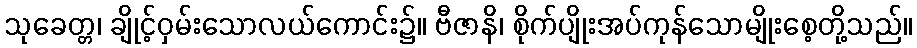
သုခေတ္တ၊ ချိုင့်ဝှမ်းသောလယ်ကောင်း၌။ ဗီဇာနိ၊ စိုက်ပျိုးအပ်ကုန်သောမျိုးစေ့တို့သည်။